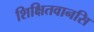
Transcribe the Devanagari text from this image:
शिक्षितवानसि